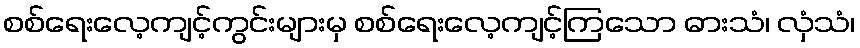
စစ်ရေးလေ့ကျင့်ကွင်းများမှ စစ်ရေးလေ့ကျင့်ကြသော ဓားသံ၊ လှံသံ၊